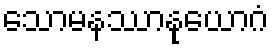
သောမနဿာနုယောဂံ